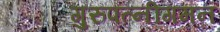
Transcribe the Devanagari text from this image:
गुरुपत्नीगमन